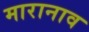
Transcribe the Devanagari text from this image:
मारानाव